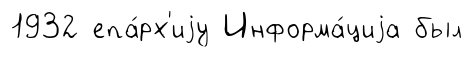
1932 епа́рх'иjу Информа́циjа был